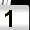
Digit: 1